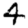
Digit: 4